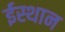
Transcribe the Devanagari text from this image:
ईस्थान